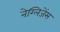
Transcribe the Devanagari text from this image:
नेग्लिजेंस